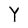
Character: Y